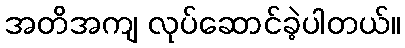
အတိအကျ လုပ်ဆောင်ခဲ့ပါတယ်။